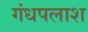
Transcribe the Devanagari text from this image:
गंधपलाश